Lunatic asylums Central Provinces reports 1895-1909 - 1895-1909
Year: 1895
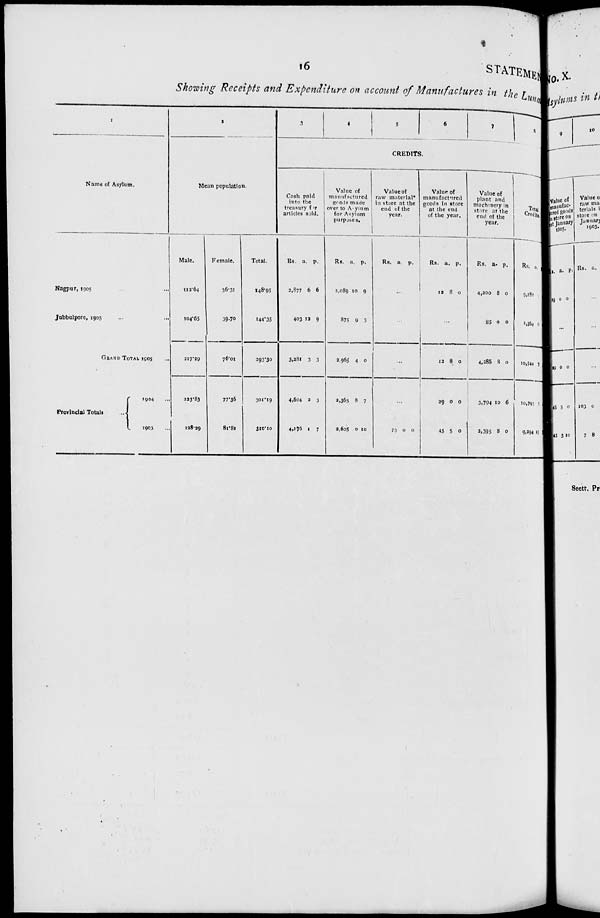
16
STATEMEN
Showing Receipts and Expenditure on account of Manufactures in the Luna
1
Name of Asylum.
Nagpur, 1905 ... ...
Jubbulpore, 1905 ... ...
GRAND TOTAL 1905 ...
Provincial Totals
...
1904 ...
1903 ...
2
Mean population.
Male.
112.64
104.65
217.29
223.83
228.29
Female.
36.31
39.70
76.01
77.36
81.81
Total.
148.95
144.35
293.30
301.19
310.10
3
4
5
6
7
8
CREDITS.
Cash paid
into the
treasury for
articles sold.
Rs.
2,877
403
3,281
4,604
4,176
a.
6
12
3
2
1
p.
6
9
3
3
7
Value of
manufactured
goods made
over to Asylum
for Asylum
purposes.
Rs.
2,089
875
2,965
2,365
2,605
a.
10
9
4
8
0
p.
9
3
0
7
10
Value of
raw material*
in store at the
end of the
year.
Rs. a. p.
...
...
...
...
73
0
0
Value of
manufactured
goods in store
at the end
of the year.
Rs.
12
a.
8
p.
0
...
12
29
45
8
0
5
0
0
0
Value of
plant and
machinery in
store at the
end of the
year.
Rs.
4,200
85
4,285
3,794
2,395
a.
8
0
8
10
8
p.
0
0
0
6
0
Total
Credits.
Rs.
9,180
1,364
10,544
10,793
9,294
a.
6
7
5
15